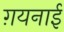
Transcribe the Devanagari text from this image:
ग़यनाई